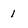
Character: 1